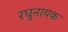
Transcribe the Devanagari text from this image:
रघुनायक